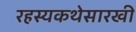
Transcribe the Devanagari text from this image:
रहस्यकथेसारखी